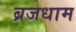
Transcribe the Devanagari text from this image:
ब्रजधाम